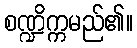
စဏ္ဍိက္ကမည်၏။